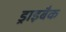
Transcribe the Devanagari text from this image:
ड्राइबैक